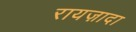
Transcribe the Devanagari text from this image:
रायज़ादा